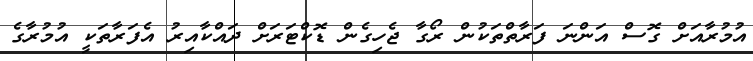
އުމުރާއަށް ގޮސް އަންނަ ފަރާތްތަކުން ރޯގާ ޖެހިގެން ޑޮކްޓަރަށް ދައްކާއިރު އެފަރާތަކީ އުމުރާގެ